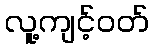
လူ့ကျင့်ဝတ်